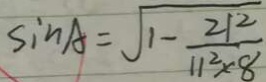
\sin A = \sqrt { 1 - \frac { 2 1 2 } { 1 1 ^ { 2 } \times 8 } }